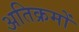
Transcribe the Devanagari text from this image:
अतिक्रमों